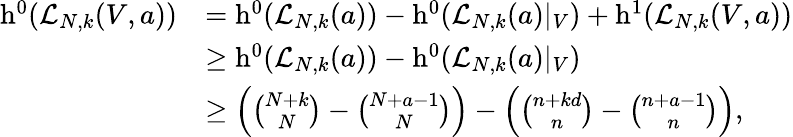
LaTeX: \begin{array}{rl}{\operatorname{h}^{0}(\mathcal{L}_{N,k}(V,a))}&{=\operatorname{h}^{0}(\mathcal{L}_{N,k}(a))-\operatorname{h}^{0}(\mathcal{L}_{N,k}(a)|_{V})+\operatorname{h}^{1}(\mathcal{L}_{N,k}(V,a))}\\ &{\ge\operatorname{h}^{0}(\mathcal{L}_{N,k}(a))-\operatorname{h}^{0}(\mathcal{L}_{N,k}(a)|_{V})}\\ &{\ge\left({\binom{N+k}{N}}-{\binom{N+a-1}{N}}\right)-\left({\binom{n+kd}{n}}-{\binom{n+a-1}{n}}\right),}\end{array}